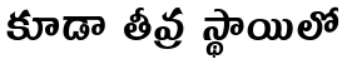
కూడా తీవ్ర స్థాయిలో